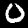
Digit: 0